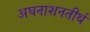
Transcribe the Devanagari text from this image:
अघनाशनतीर्थ